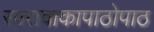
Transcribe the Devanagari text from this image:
सारावाकापाठोपाठ